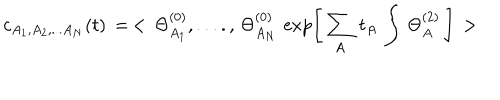
c _ { A _ { 1 } , A _ { 2 } , . . . A _ { N } } ( t ) \, = \, < \, \Theta _ { A _ { 1 } } ^ { ( 0 ) } , . . . . , \, \Theta _ { A _ { N } } ^ { ( 0 ) } \, \exp \left[ \, \sum _ { A } \, t _ { A } \, \int \, \Theta _ { A } ^ { ( 2 ) } \, \right] \, >